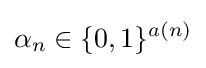
\alpha _{n}\in \{0,1\}^{a(n)}